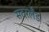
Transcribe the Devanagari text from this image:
सदरलँड